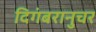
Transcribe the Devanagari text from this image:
दिगंबरानुचर